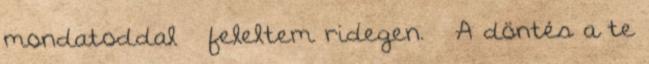
mondatoddal – feleltem ridegen. – A döntés a te